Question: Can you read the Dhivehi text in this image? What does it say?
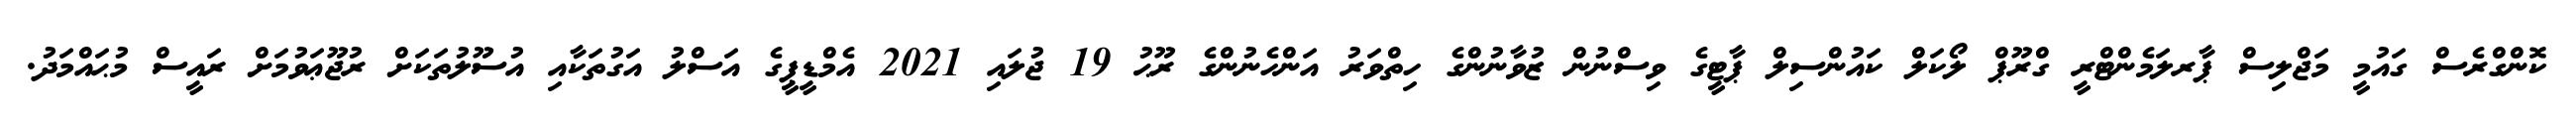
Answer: ކޮންގްރެސް ގައުމީ މަޖްލިސް ޕާރލަމެންޓްރީ ގްރޫޕް ލޯކަލް ކައުންސިލް ޕާޓީގެ ވިސްނުން ޒުވާނުންގެ ހިތްވަރު އަންހެނުންގެ ރޫޙު 19 ޖުލައި 2021 އެމްޑީޕީގެ އަސްލު އަގުތަކާއި އުސޫލުތަކަށް ރުޖޫޢަވުމަށް ރައީސް މުޙައްމަދު.